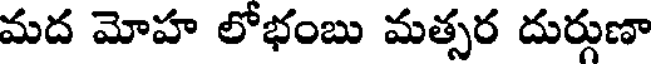
మద మోహ లోభంబు మత్సర దుర్గుణా